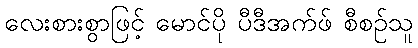
လေးစားစွာဖြင့် မောင်ပို ပီဒီအက်ဖ် စီစဉ်သူ